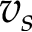
v _ { s }